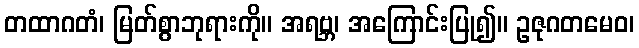
တထာဂတံ၊ မြတ်စွာဘုရားကို။ အရဗ္ဘ၊ အကြောင်းပြု၍။ ဥဇုဂတမေဝ၊